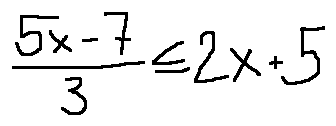
\frac { 5 x - 7 } { 3 } \leq 2 x + 5